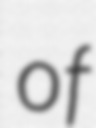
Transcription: of